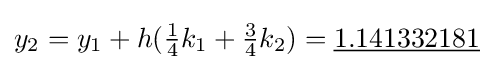
y_{2}=y_{1}+h({\tfrac {1}{4}}k_{1}+{\tfrac {3}{4}}k_{2})={\underline {1.141332181}}